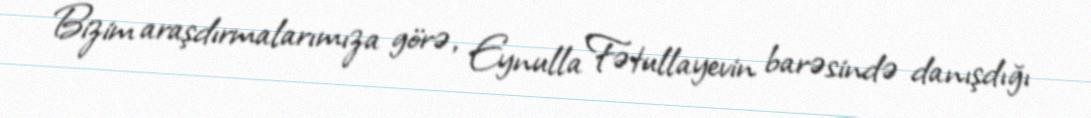
Bizim araşdırmalarımıza görə, Eynulla Fətullayevin barəsində danışdığı